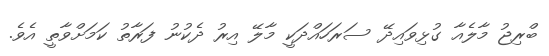
ބްރިޖު މާލެއާ ގުޅިވައިދޭ ސަރަހައްދަކީ މާލޭ އިރު ދެކުނު ފަރާތު ކަމަށްވާތީ އެވެ.